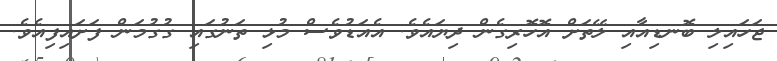
ޖަހައިލި ބޮނޑިއާއި ލޭތަށް އޮހޮރިގެން ދިޔައެވެ. އެއަޑުވެސް މުޅި ތަނުގައި ގުގުމަން ފަށައިފިއެވެ.